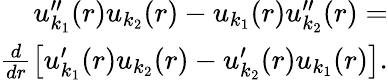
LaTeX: \begin{array}{r}{u_{k_{1}}^{\prime\prime}(r)u_{k_{2}}(r)-u_{k_{1}}(r)u_{k_{2}}^{\prime\prime}(r)=}\\ {\frac{d}{dr}\left[u_{k_{1}}^{\prime}(r)u_{k_{2}}(r)-u_{k_{2}}^{\prime}(r)u_{k_{1}}(r)\right].}\end{array}